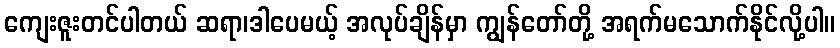
ကျေးဇူးတင်ပါတယ် ဆရာ၊ဒါပေမယ့် အလုပ်ချိန်မှာ ကျွန်တော်တို့ အရက်မသောက်နိုင်လို့ပါ။